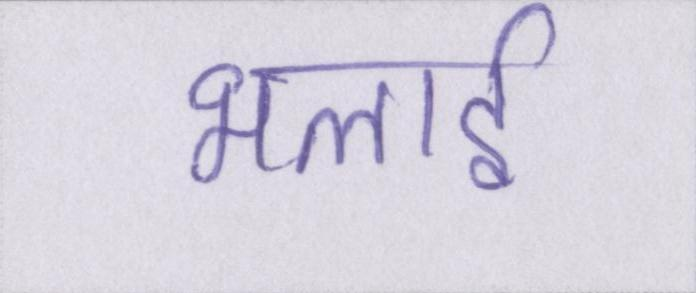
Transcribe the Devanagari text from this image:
भलाई